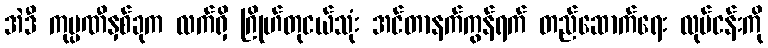
အဲဒီ ကုမ္ပဏီနှစ်ခုက လက်ရှိ ဂြိုဟ်တုငယ်သုံး အင်တာနက်ကွန်ရက် တည်ဆောက်ရေး လုပ်ငန်းကို